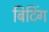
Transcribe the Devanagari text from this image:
बिटिंग